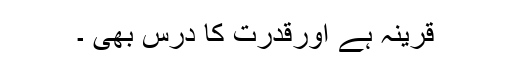
قرینہ ہے اورقدرت کا درس بھی ۔